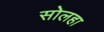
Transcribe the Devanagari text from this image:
सोलहा